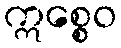
ဣစ္စေဝ